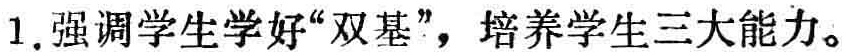
1.强调学生学好“双基”，培养学生三大能力。